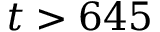
t > 6 4 5